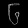
Digit: ၆